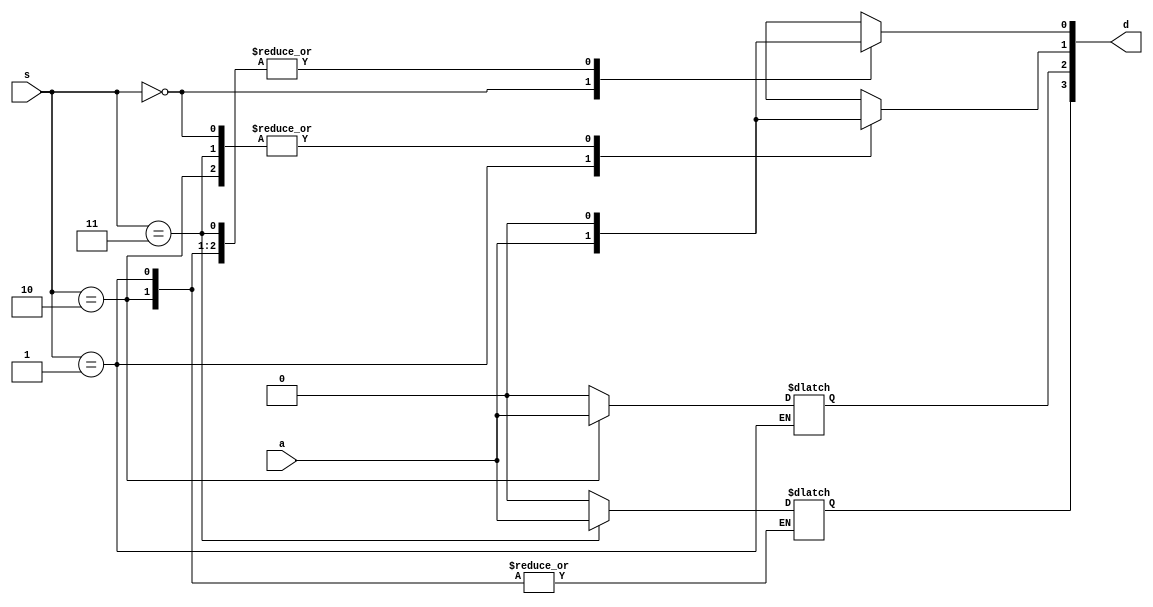
module demux(input[1:0]s,input a,output reg[3:0]d);
always@(*)
begin
case(s)
2'b00: begin d[0]=a; d[3:1]=0; end
2'b01: begin d[1]=a; d[0]=0;   end
2'b10: begin d[2]=a; d[1:0]=0; end
2'b11: begin d[3]=a; d[2:0]=0; end
endcase
end
endmodule